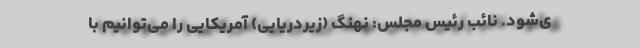
ی‌شود. نائب ‌رئیس مجلس: نهنگ (زیردریایی) آمریکایی را می‌توانیم با